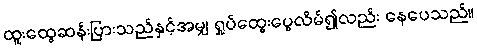
ထူးထွေဆန်းပြားသည်နှင့်အမျှ ရှုပ်ထွေးပွေလိမ်၍လည်း နေပေသည်။